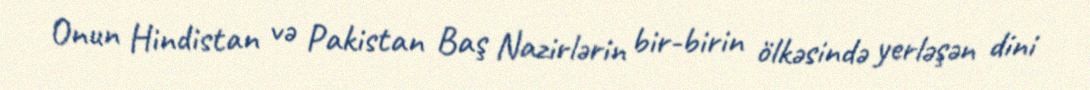
Onun Hindistan və Pakistan Baş Nazirlərin bir-birin ölkəsində yerləşən dini